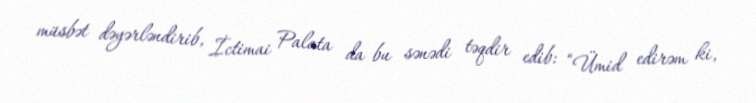
müsbət dəyərləndirib, İctimai Palata da bu sənədi təqdir edib: “Ümid edirəm ki,